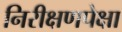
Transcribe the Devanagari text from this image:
निरीक्षणपेक्षा